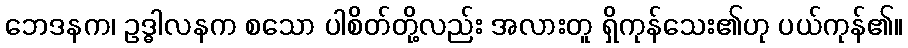
ဘေဒနက၊ ဥဒ္ဓါလနက စသော ပါစိတ်တို့လည်း အလားတူ ရှိကုန်သေး၏ဟု ပယ်ကုန်၏။